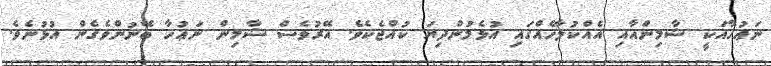
ނަޢުހާއަކީ ޝާމިންއާއި އެއްކުލާހެއްގައި އުޅެމުންދިޔަ ކުއްޖެކެވެ. އޭރުވެސް ޝާމިން ނަޢުހާ ބޭނުންވެގެން އުޅުނެވެ.